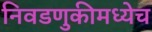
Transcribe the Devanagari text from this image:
निवडणुकीमध्येच